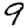
Digit: 9